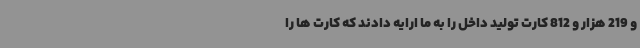
و 219 هزار و 812 کارت تولید داخل را به ما ارایه دادند که کارت ها را